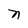
Character: n